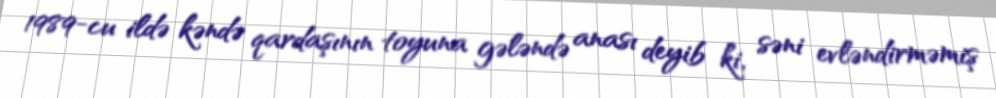
1989-cu ildə kəndə qardaşının toyuna gələndə anası deyib ki, səni evləndirməmiş